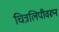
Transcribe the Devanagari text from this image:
चित्रलिपीवरून